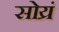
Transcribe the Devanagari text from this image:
सोय्रं